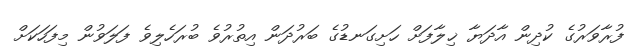
ފުރާވަރުގެ ކުދިން އާދަޔާ ޚިލާފަށް ހަށިގަނޑުގެ ބަރުދަން އިތުރުވެ ބުރަހެލިވެ ފަލަވުން މިފަހަކަށް